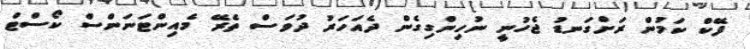
ފޭކް ކަމުން ރަށްގަނޑު ޖެހުނީ ނުހިންގިގެން ދެއަހަރު ދުވަސް ތެރޭ މެއިންޓަނަންސް ކޯސްޓް